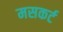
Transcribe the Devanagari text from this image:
मसकर्ट